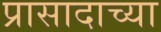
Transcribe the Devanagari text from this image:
प्रासादाच्या